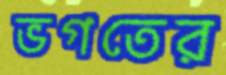
ভগতের